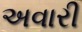
અવારી